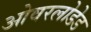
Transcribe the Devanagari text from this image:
ओवरलोडेड